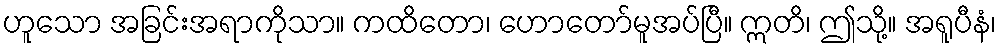
ဟူသော အခြင်းအရာကိုသာ။ ကထိတော၊ ဟောတော်မူအပ်ပြီ။ ဣတိ၊ ဤသို့။ အရူပီနံ၊